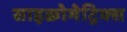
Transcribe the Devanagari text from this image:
साइक्रोमेट्रिक्स